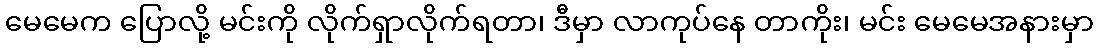
မေမေက ပြောလို့ မင်းကို လိုက်ရှာလိုက်ရတာ၊ ဒီမှာ လာကုပ်နေ တာကိုး၊ မင်း မေမေအနားမှာ